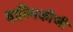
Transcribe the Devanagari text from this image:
वाल्‍मिकीजी